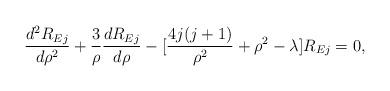
LaTeX: \begin{align*}\frac{d^2 R_{Ej}}{d\rho^2} +\frac{3}{\rho}\frac{d R_{Ej}}{d\rho}-[\frac{4j(j+1)}{\rho^2}+\rho^2-\lambda ]R_{Ej}=0,\end{align*}